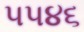
૫૫૪૬